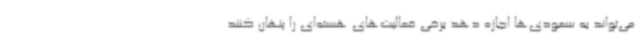
می‌تواند به سعودی‌ها اجازه دهد برخی فعالیت‌های هسته‌ای را پنهان کنند